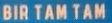
BIR TAM TAM